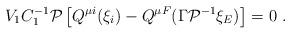
LaTeX: \begin{align*}V_1C_1^{-1}{\cal P}\left[ Q^{\mu i}(\xi _i)-Q^{\mu F}(\Gamma {\cal P}^{-1}\xi _E)\right] =0\ .\end{align*}